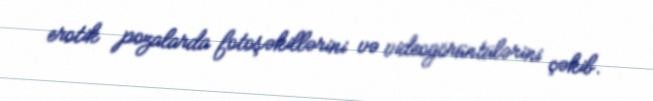
erotik pozalarda fotoşəkillərini və videogörüntülərini çəkib.